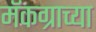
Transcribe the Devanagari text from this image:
मॅकग्राच्या